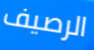
الرصيف